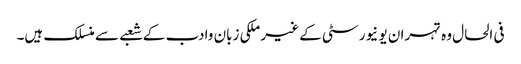
فی الحال وہ تہران یو نیورسٹی کے غیر ملکی زبان وادب کے شعبے سے منسلک ہیں۔